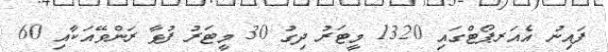
ފައިނު އެއަރޕޯޓްގައި 1320 މީޓަރު ދިގު 30 މީޓަރު ފުޅާ ރަންވޭއަކާއި 60